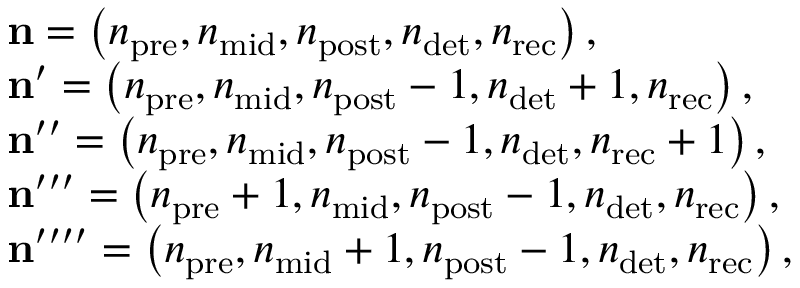
\begin{array} { r l } & { \mathbf { n } = \left( n _ { \mathrm { p r e } } , n _ { \mathrm { m i d } } , n _ { \mathrm { p o s t } } , n _ { \mathrm { d e t } } , n _ { \mathrm { r e c } } \right) , } \\ & { \mathbf { n } ^ { \prime } = \left( n _ { \mathrm { p r e } } , n _ { \mathrm { m i d } } , n _ { \mathrm { p o s t } } - 1 , n _ { \mathrm { d e t } } + 1 , n _ { \mathrm { r e c } } \right) , } \\ & { \mathbf { n } ^ { \prime \prime } = \left( n _ { \mathrm { p r e } } , n _ { \mathrm { m i d } } , n _ { \mathrm { p o s t } } - 1 , n _ { \mathrm { d e t } } , n _ { \mathrm { r e c } } + 1 \right) , } \\ & { \mathbf { n } ^ { \prime \prime \prime } = \left( n _ { \mathrm { p r e } } + 1 , n _ { \mathrm { m i d } } , n _ { \mathrm { p o s t } } - 1 , n _ { \mathrm { d e t } } , n _ { \mathrm { r e c } } \right) , } \\ & { \mathbf { n } ^ { \prime \prime \prime \prime } = \left( n _ { \mathrm { p r e } } , n _ { \mathrm { m i d } } + 1 , n _ { \mathrm { p o s t } } - 1 , n _ { \mathrm { d e t } } , n _ { \mathrm { r e c } } \right) , } \end{array}